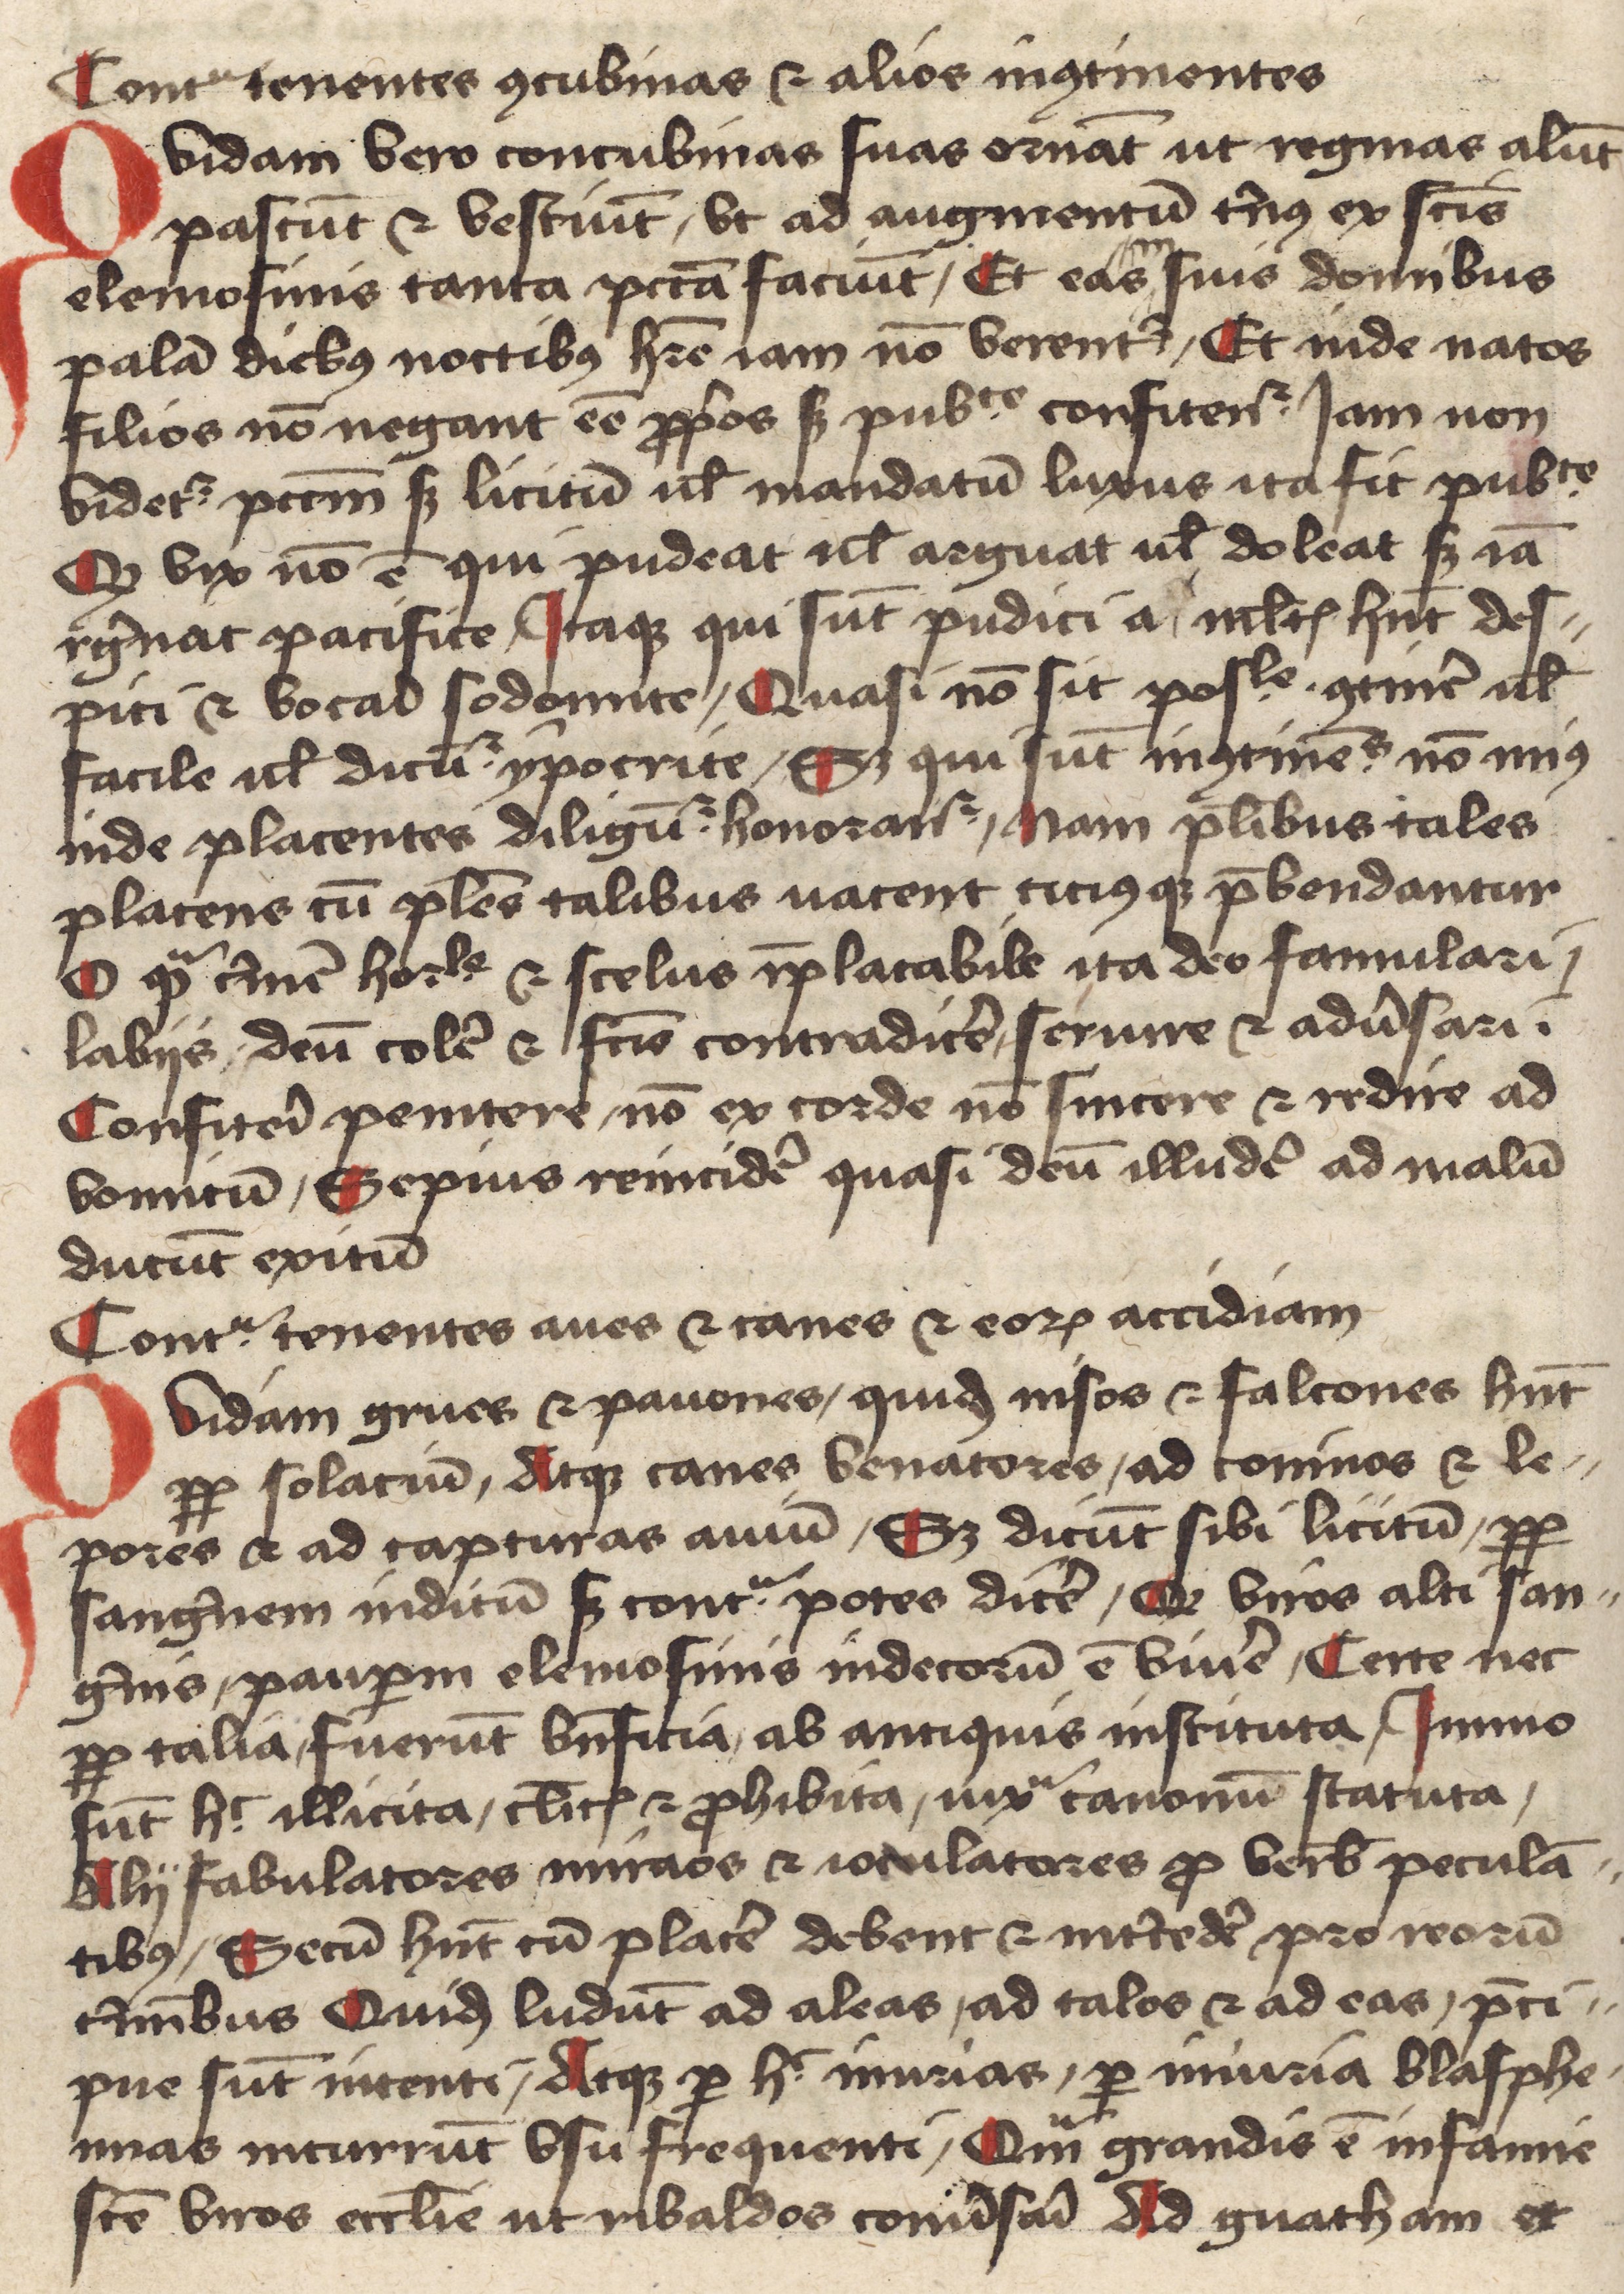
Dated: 1400–1430